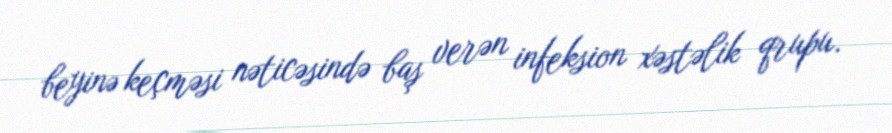
beyinə keçməsi nəticəsində baş verən infeksion xəstəlik qrupu.